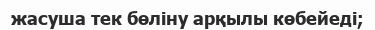
жасуша тек бөліну арқылы көбейеді;